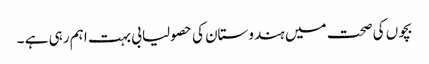
بچوں کی صحت میں ہندوستان کی حصولیابی بہت اہم رہی ہے ۔